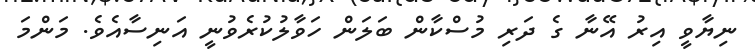
ނިޔާވީ އިރު އޭނާ ގެ ދަރި މުސްކާން ބަލަން ހަވާލުކުރެވުނީ އަނިސާއެވެ. މަންމަ